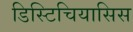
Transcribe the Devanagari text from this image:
डिस्टिचियासिस